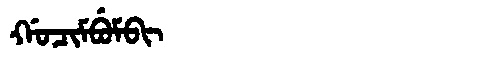
Manchu: ᡤᠣᠴᡳᠮᠪᡠᠮᠪᡳ
Romanization: GOCIMBUMBI